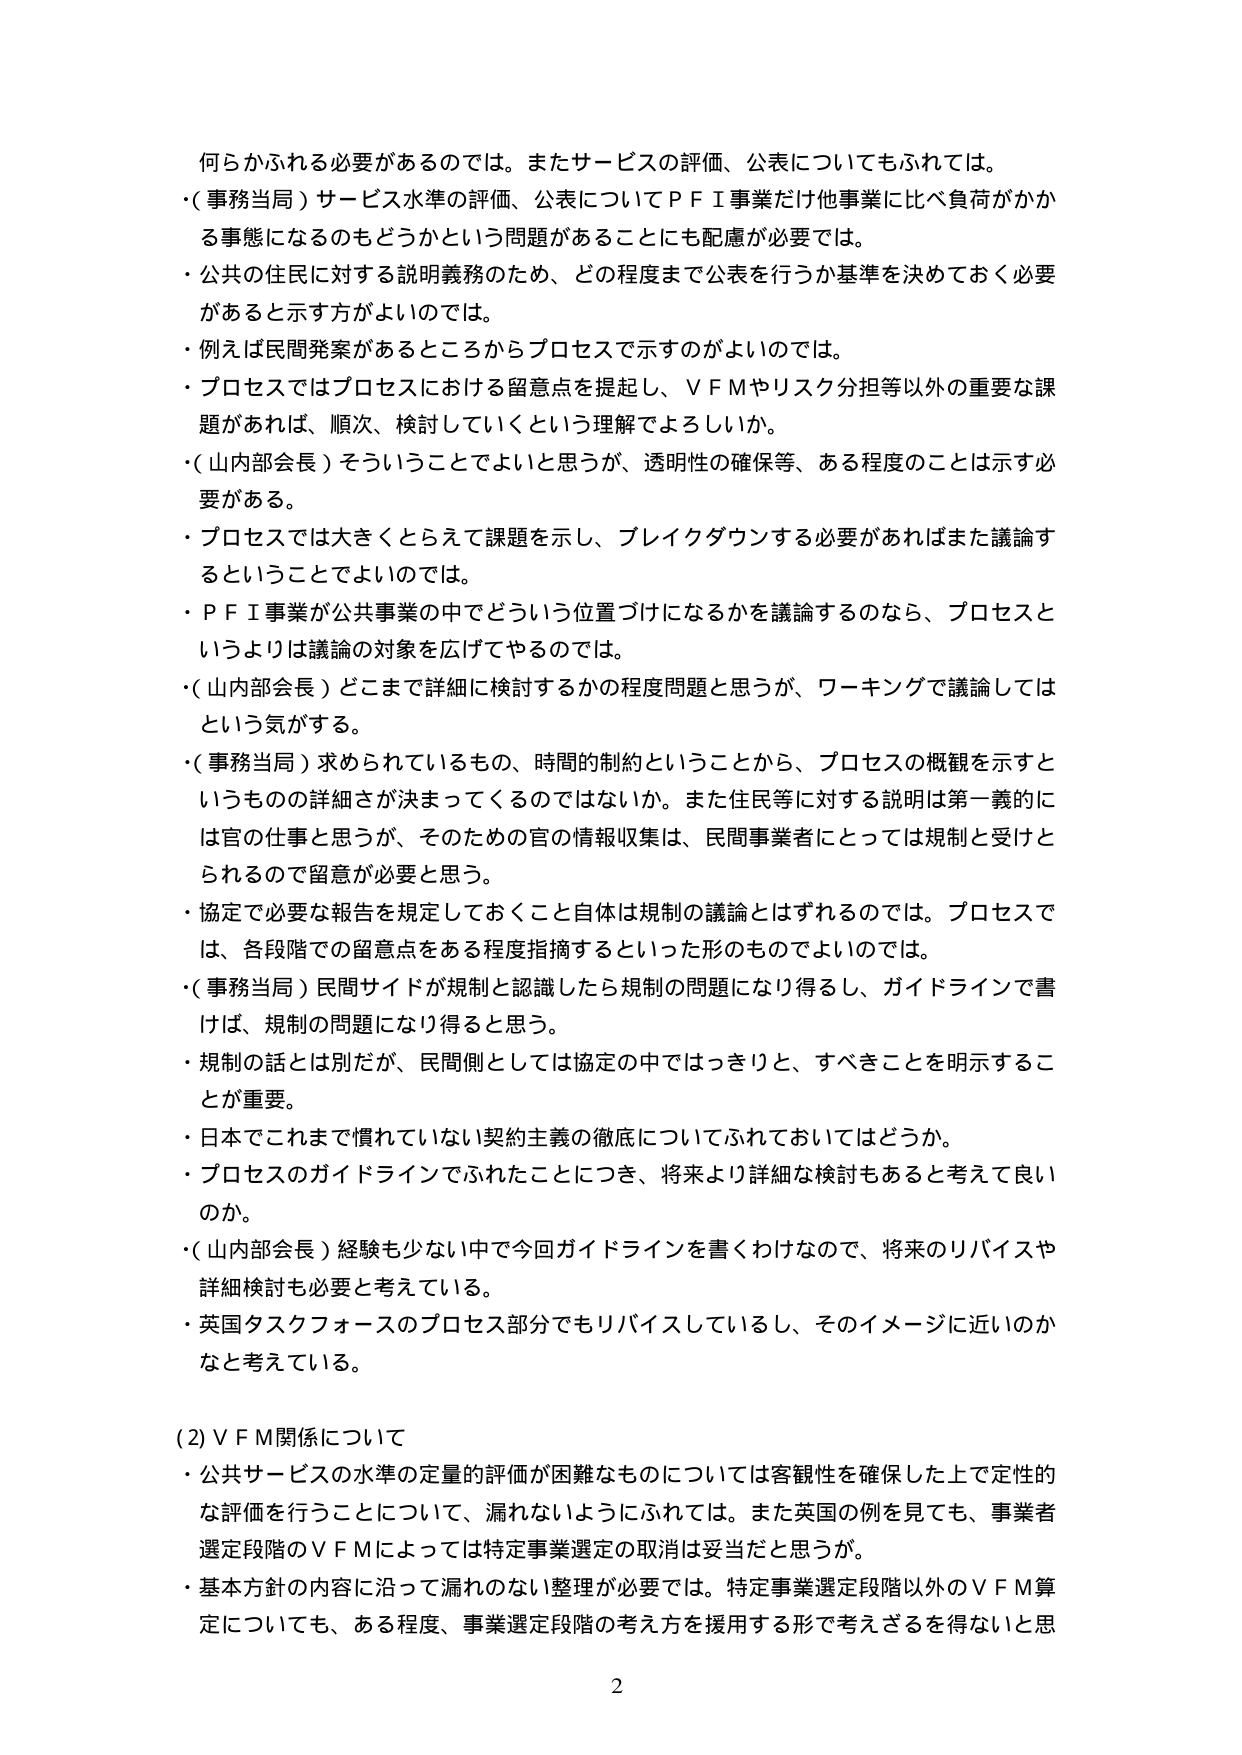
何らかふれる必要があるのでは。またサービスの評価、公表についてもふれては。
・（事務当局）サービス水準の評価、公表についてＰＦＩ事業だけ他事業に比べ負荷がかか
る事態になるのもどうかという問題があることにも配慮が必要では。
・公共の住民に対する説明義務のため、どの程度まで公表を行うか基準を決めておく必要
があると示す方がよいのでは。
・例えば民間発案があるところからプロセスで示すのがよいのでは。
・プロセスではプロセスにおける留意点を提起し、ＶＦＭやリスク分担等以外の重要な課
題があれば、順次、検討していくという理解でよろしいか。
・（山内部会長）そういうことでよいと思うが、透明性の確保等、ある程度のことは示す必
要がある。
・プロセスでは大きくとらえて課題を示し、ブレイクダウンする必要があればまた議論す
るということでよいのでは。
・ＰＦＩ事業が公共事業の中でどういう位置づけになるかを議論するのなら、プロセスと
いうよりは議論の対象を広げてやるのでは。
・（山内部会長）どこまで詳細に検討するかの程度問題と思うが、ワーキングで議論しては
という気がする。
・（事務当局）求められているもの、時間的制約ということから、プロセスの概観を示すと
いうものの詳細さが決まってくるのではないか。また住民等に対する説明は第一義的に
は官の仕事と思うが、そのための官の情報収集は、民間事業者にとっては規制と受けと
られるので留意が必要と思う。
・協定で必要な報告を規定しておくこと自体は規制の議論とはずれるのでは。プロセスで
は、各段階での留意点をある程度指摘するといった形のものでよいのでは。
・（事務当局）民間サイドが規制と認識したら規制の問題になり得るし、ガイドラインで書
けば、規制の問題になり得ると思う。
・規制の話とは別だが、民間側としては協定の中ではっきりと、すべきことを明示するこ
とが重要。
・日本でこれまで慣れていない契約主義の徹底についてふれておいてはどうか。
・プロセスのガイドラインでふれたことにつき、将来より詳細な検討もあると考えて良い
のか。
・（山内部会長）経験も少ない中で今回ガイドラインを書くわけなので、将来のリバイスや
詳細検討も必要と考えている。
・英国タスクフォースのプロセス部分でもリバイスしているし、そのイメージに近いのか
なと考えている。

（2）ＶＦＭ関係について
・公共サービスの水準の定量的評価が困難なものについては客観性を確保した上で定性的
な評価を行うことについて、漏れないようにふれては。また英国の例を見ても、事業者
選定段階のＶＦＭによっては特定事業選定の取消は妥当だと思うが。
・基本方針の内容に沿って漏れのない整理が必要では。特定事業選定段階以外のＶＦＭ算
定についても、ある程度、事業選定段階の考え方を援用する形で考えざるを得ないと思

2